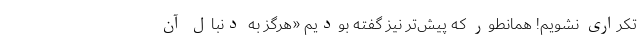
تکراری نشویم! همانطور که پیش‌تر نیز گفته بودیم «هرگز به دنبال آن